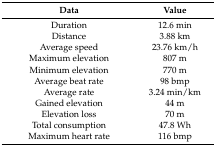
<table><thead><tr><td><b>Data</b></td><td><b>Value</b></td></tr></thead><tbody><tr><td>Duration</td><td>12.6 min</td></tr><tr><td>Distance</td><td>3.88 km</td></tr><tr><td>Average speed</td><td>23.76 km/h</td></tr><tr><td>Maximum elevation</td><td>807 m</td></tr><tr><td>Minimum elevation</td><td>770 m</td></tr><tr><td>Average beat rate</td><td>98 bmp</td></tr><tr><td>Average rate</td><td>3.24 min/km</td></tr><tr><td>Gained elevation</td><td>44 m</td></tr><tr><td>Elevation loss</td><td>70 m</td></tr><tr><td>Total consumption</td><td>47.8 Wh</td></tr><tr><td>Maximum heart rate</td><td>116 bmp</td></tr></tbody></table>